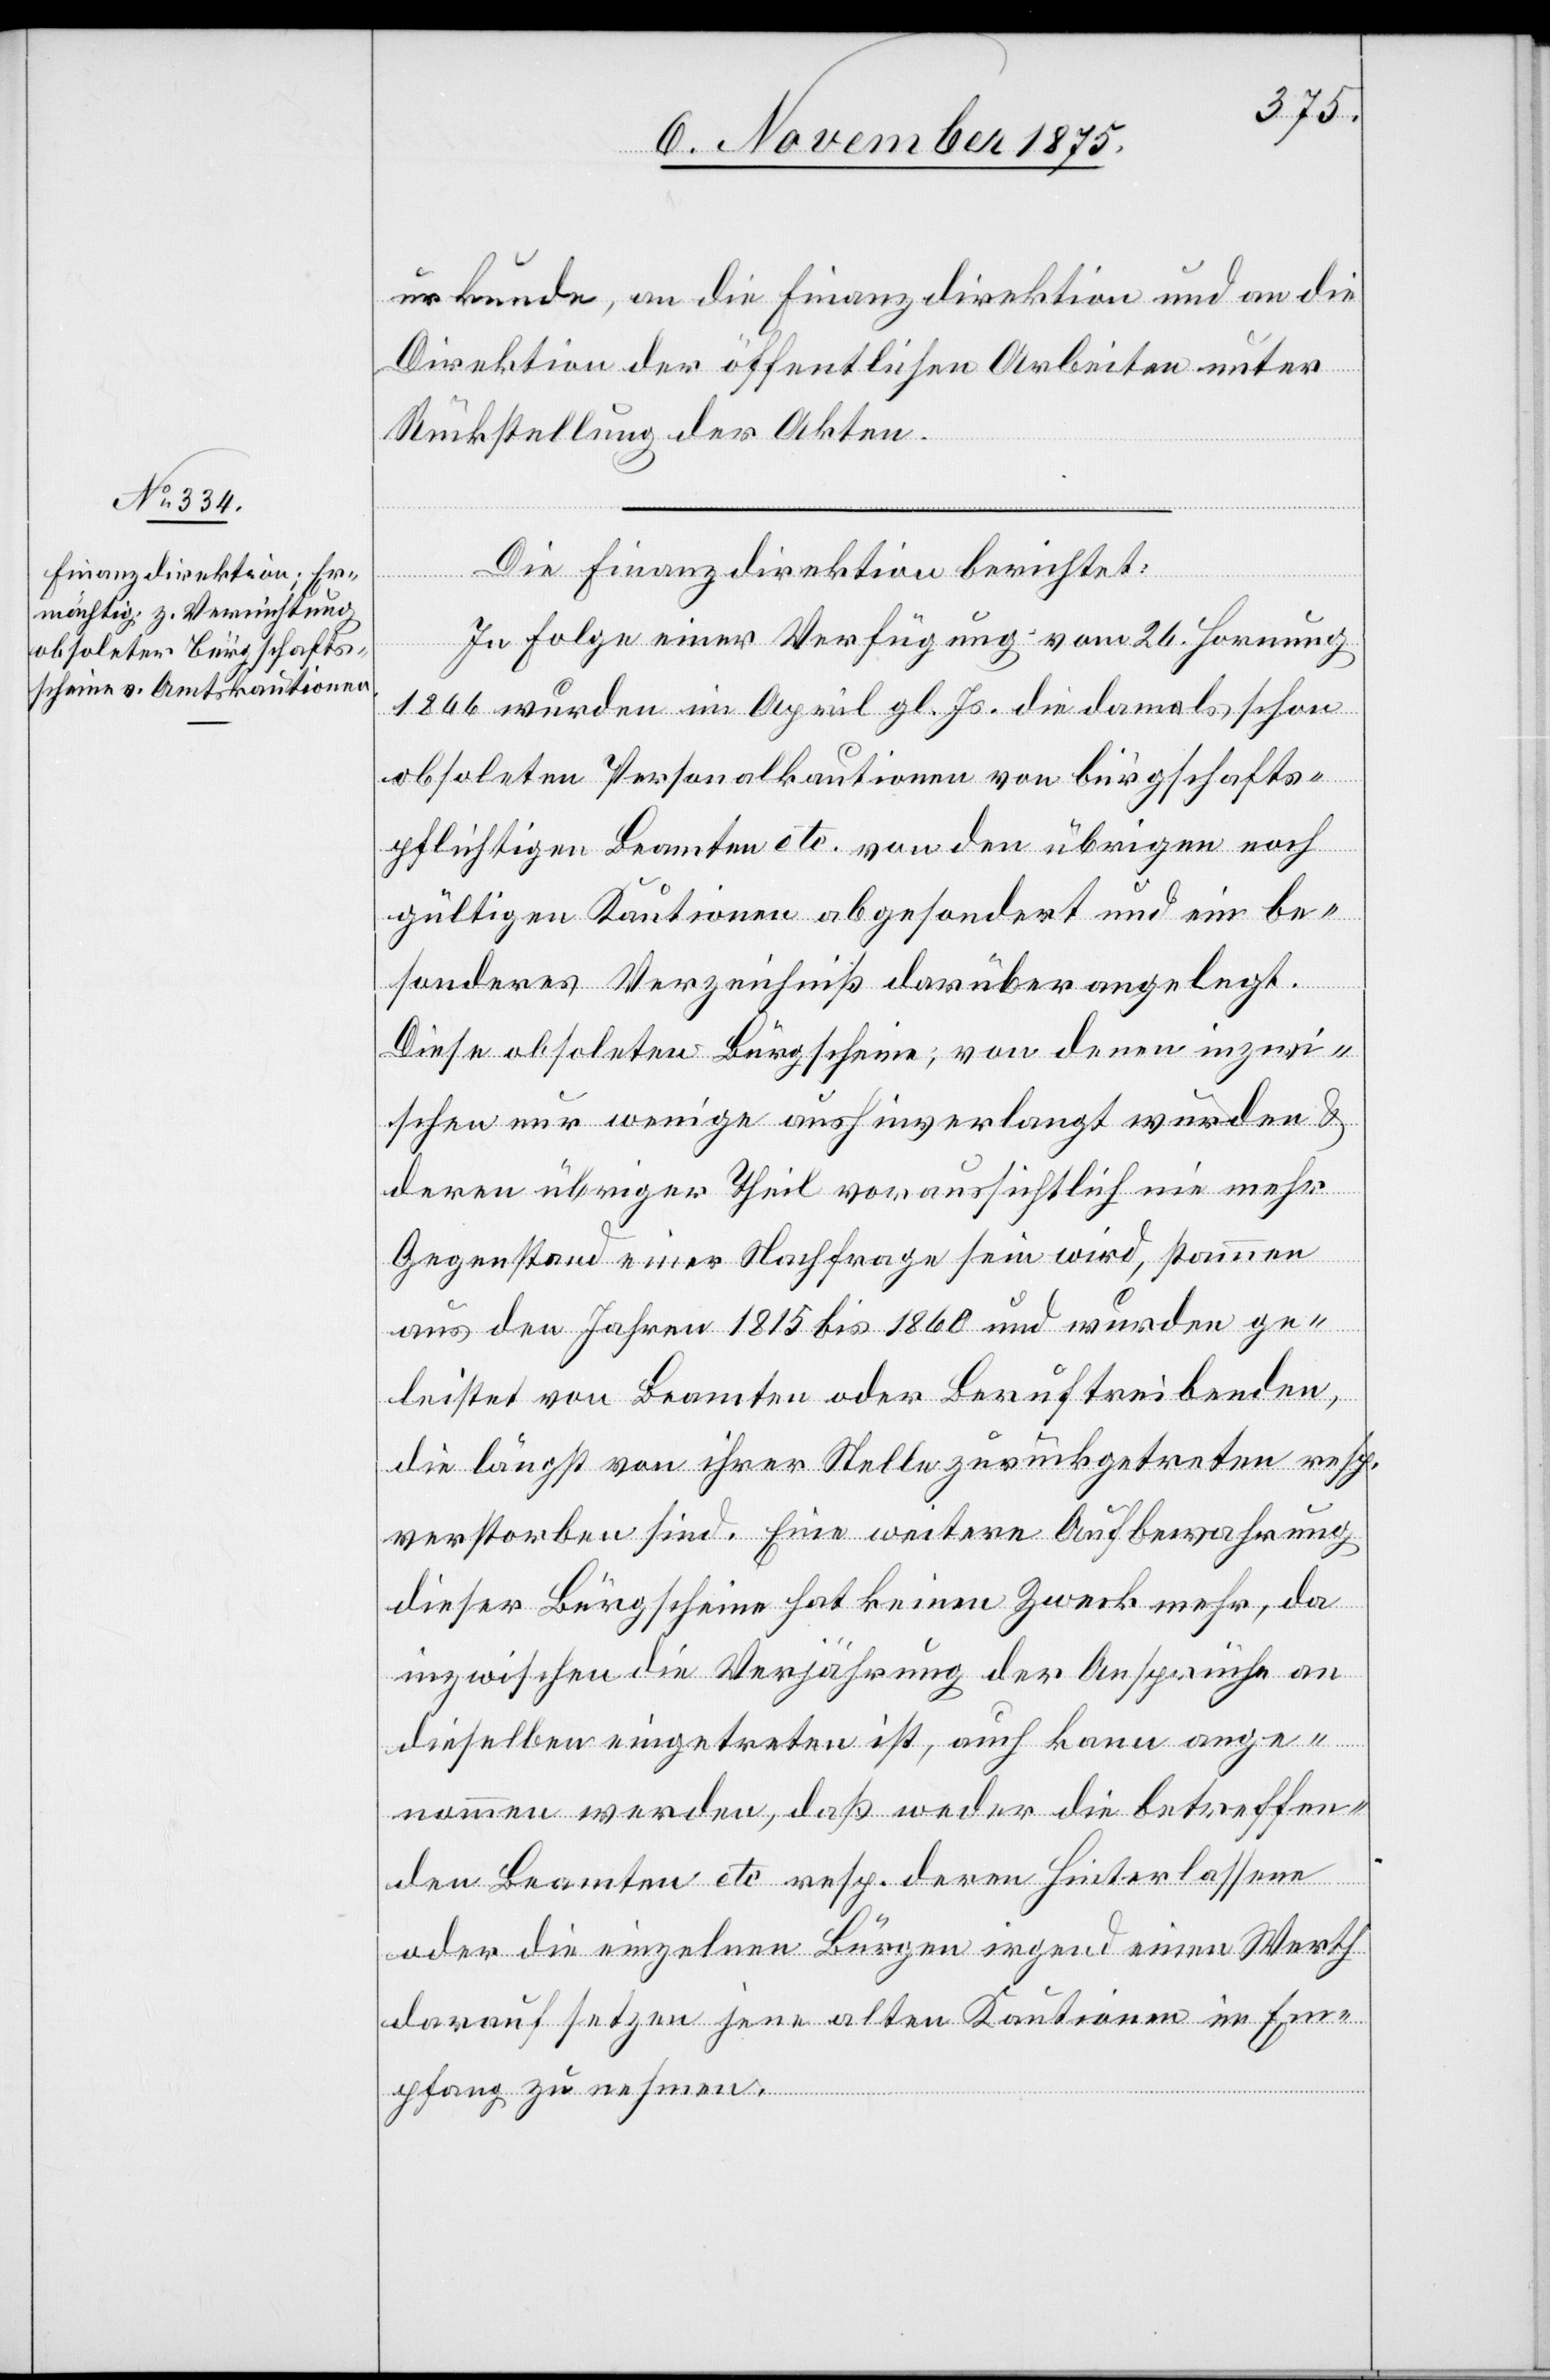
urkunde, an die Finanzdirektion und an die
Direktion der öffentlichen Arbeiten unter
Rückstellung der Akten.
Die Finanzdirektion berichtet:
In Folge einer Verfügung vom 26. Hornung
1866 wurden im April gl. Js. die damals schon
obsoleten Personalkautionen von bürgschafts¬
pflichtigen Beamten etc. von den übrigen noch
gültigen Kautionen abgesondert und ein be¬
sonderes Verzeichniß darüber angelegt.
Diese obsoleten Bürgscheine; von denen inzwi¬
schen nur wenige aushinverlangt wurden &
deren übriger Theil voraussichtlich nie mehr
Gegenstand einer Nachfrage sein wird, stammen
aus den Jahren 1815 bis 1860 und wurden ge¬
leistet von Beamten oder Beruftreibenden,
die längst von ihrer Stelle zurückgetreten resp.
verstorben sind. Eine weitere Aufbewahrung
dieser Bürgscheine hat keinen Zweck mehr, da
inzwischen die Verjährung der Ansprüche an
dieselben eingetreten ist, auch kann ange¬
nommen werden, daß weder die betreffen¬
den Beamten etc. resp. deren Hinterlassene
oder die einzelnen Bürgen irgend einen Werth
darauf setzen jene alten Kautionen in Em¬
pfang zu nehmen.